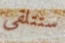
ستتلقى